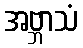
အဗ္ဘာသံ